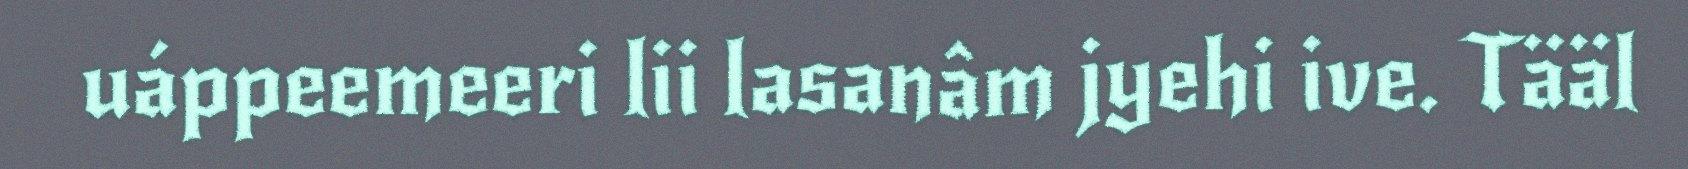
uáppeemeeri lii lasanâm jyehi ive. Tääl